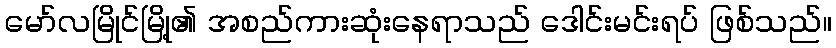
မော်လမြိုင်မြို့၏ အစည်ကားဆုံးနေရာသည် ဒေါင်းမင်းရပ် ဖြစ်သည်။